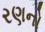
રણનો